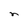
Character: n